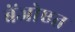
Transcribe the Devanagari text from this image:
बेंजोएत